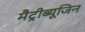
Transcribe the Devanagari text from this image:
मैट्रीब्यूजिन